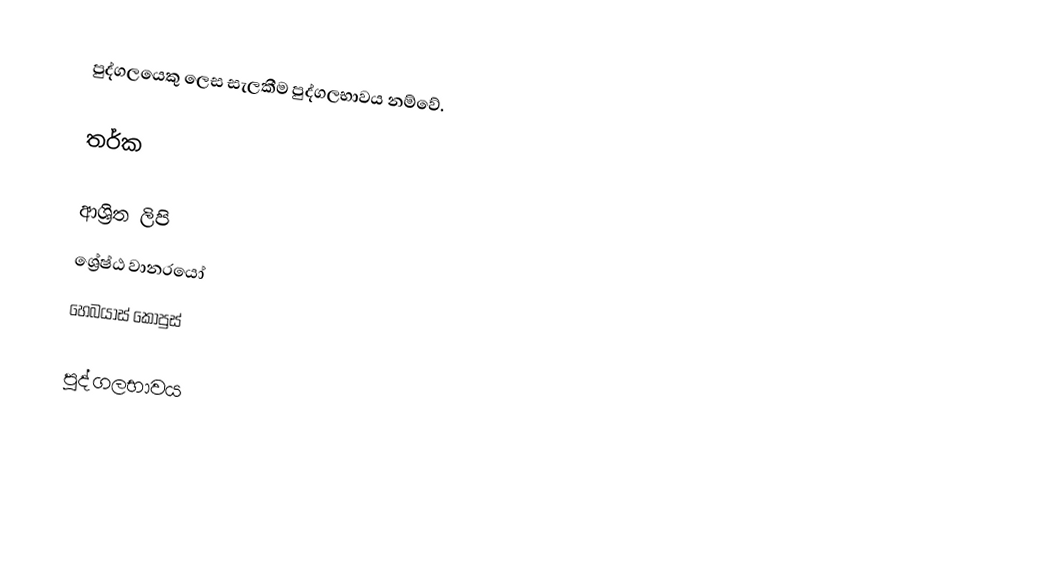
පුද්ගලයෙකු ලෙස සැලකීම පුද්ගලභාවය නම්වේ.

තර්ක

ආශ්‍රිත ලිපි
 ශ්‍රේෂ්ඨ වානරයෝ
 හෙබයාස් කොපුස්

පුද්ගලභාවය